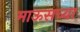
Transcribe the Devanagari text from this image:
माऊसच्या